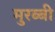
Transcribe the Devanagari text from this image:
मुरब्बी